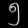
Digit: ၅